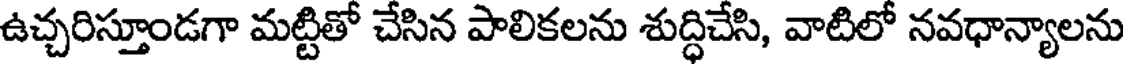
ఉచ్చరిస్తూండగా మట్టితో చేసిన పాలికలను శుద్ధిచేసి, వాటిలో నవధాన్యాలను